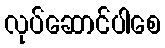
လုပ်ဆောင်ပါစေ